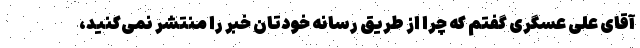
آقای علی عسگری گفتم که چرا از طریق رسانه خودتان خبر را منتشر نمی‌کنید،